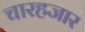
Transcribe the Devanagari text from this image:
चारहजार